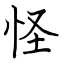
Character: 怪